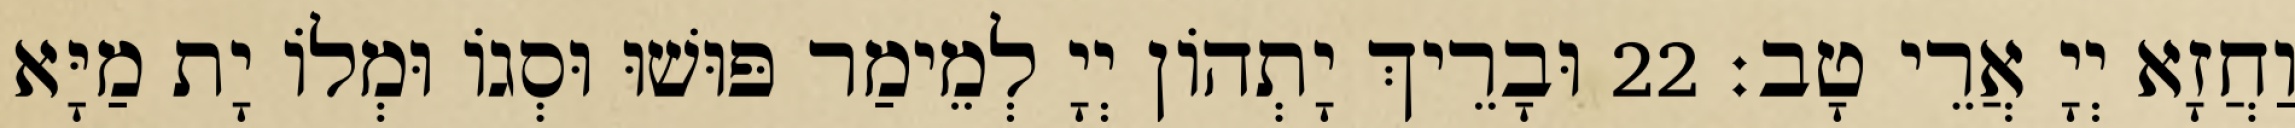
וַחֲזָא יְיָ אֲרֵי טָב׃ 22 וּבָרֵיךְ יָתְהוֹן יְיָ לְמֵימַר פּוּשׁוּ וּסְגוֹ וּמְלוֹ יָת מַיָּא